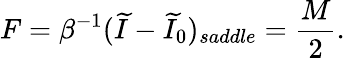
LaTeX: F=\beta^{-1}(\widetilde I-\widetilde I_{0})_{saddle}={\frac{M}{2}}.